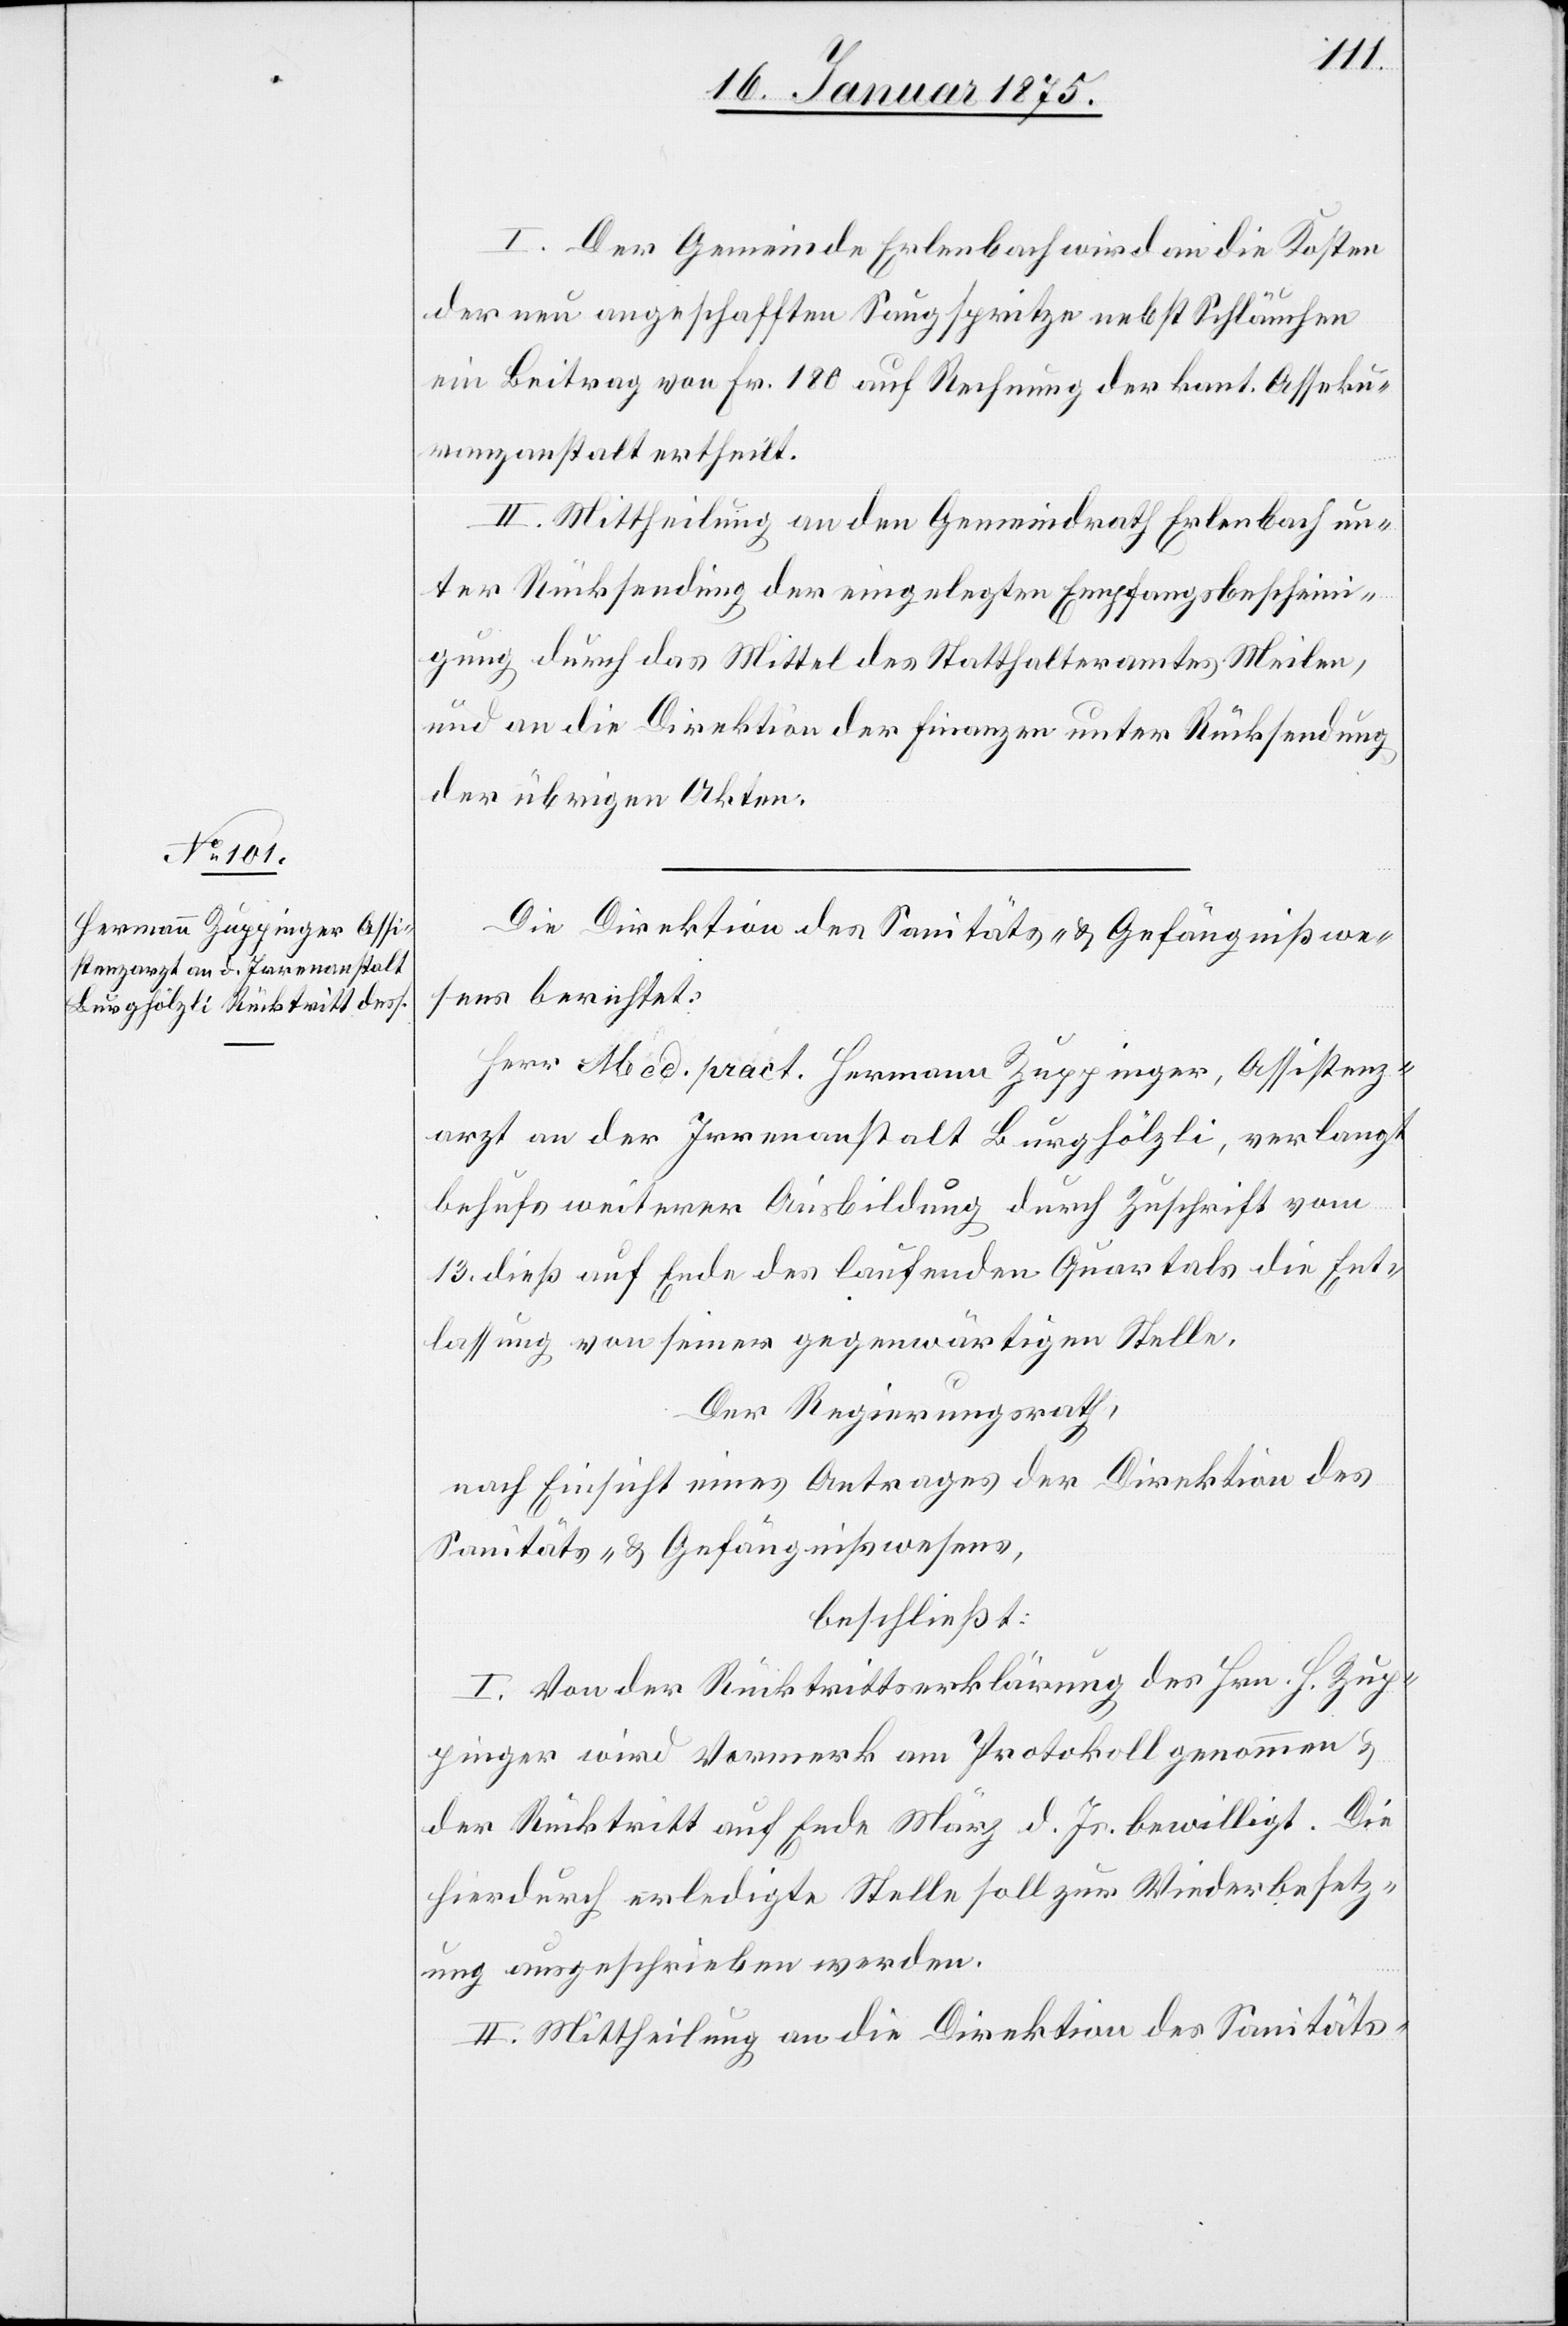
I. Der Gemeinde Erlenbach wird an die Kosten
der neu angeschafften Saugspritze nebst Schläuchen
ein Beitrag von Fr. 180 auf Rechnung der kant. Asseku¬
ranzanstalt ertheilt.
II. Mittheilung an den Gemeindrath Erlenbach un¬
ter Rücksendung der eingelegten Empfangsbescheini¬
gung durch das Mittel des Statthalteramtes Meilen,
und an die Direktion der Finanzen unter Rücksendung
der übrigen Akten.
Die Direktion des Sanitäts- & Gefängnißwe¬
sens berichtet:
Herr Med. pract. Hermann Zuppinger, Assistenz¬
arzt an der Irrenanstalt Burghölzli, verlangt
behufs weiterer Ausbildung durch Zuschrift vom
13. dieß auf Ende des laufenden Quartals die Ent¬
lassung von seiner gegenwärtigen Stelle.
Der Regierungsrath
nach Einsicht eines Antrages der Direktion des
Sanitäts- & Gefängnißwesen,
beschließt:
I. Von der Rücktrittserklärung des Hrn. H. Zup¬
pinger wird Vormerk am Protokoll genommen &
der Rücktritt auf Ende März d. Js. bewilligt. Die
hierdurch erledigte Stelle soll zur Wiederbesetz¬
ung ausgeschrieben werden.
II. Mittheilung an die Direktion des Sanitäts-